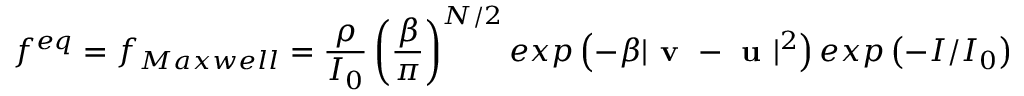
f ^ { e q } = f _ { M a x w e l l } = \frac { \rho } { I _ { 0 } } \left( \frac { \beta } { \pi } \right) ^ { N / 2 } e x p \left( - \beta | \textbf { v } - \textbf { u } | ^ { 2 } \right) e x p \left( - I / I _ { 0 } \right)